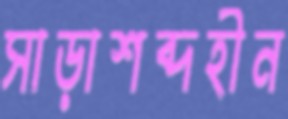
সাড়াশব্দহীন